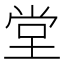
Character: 堂